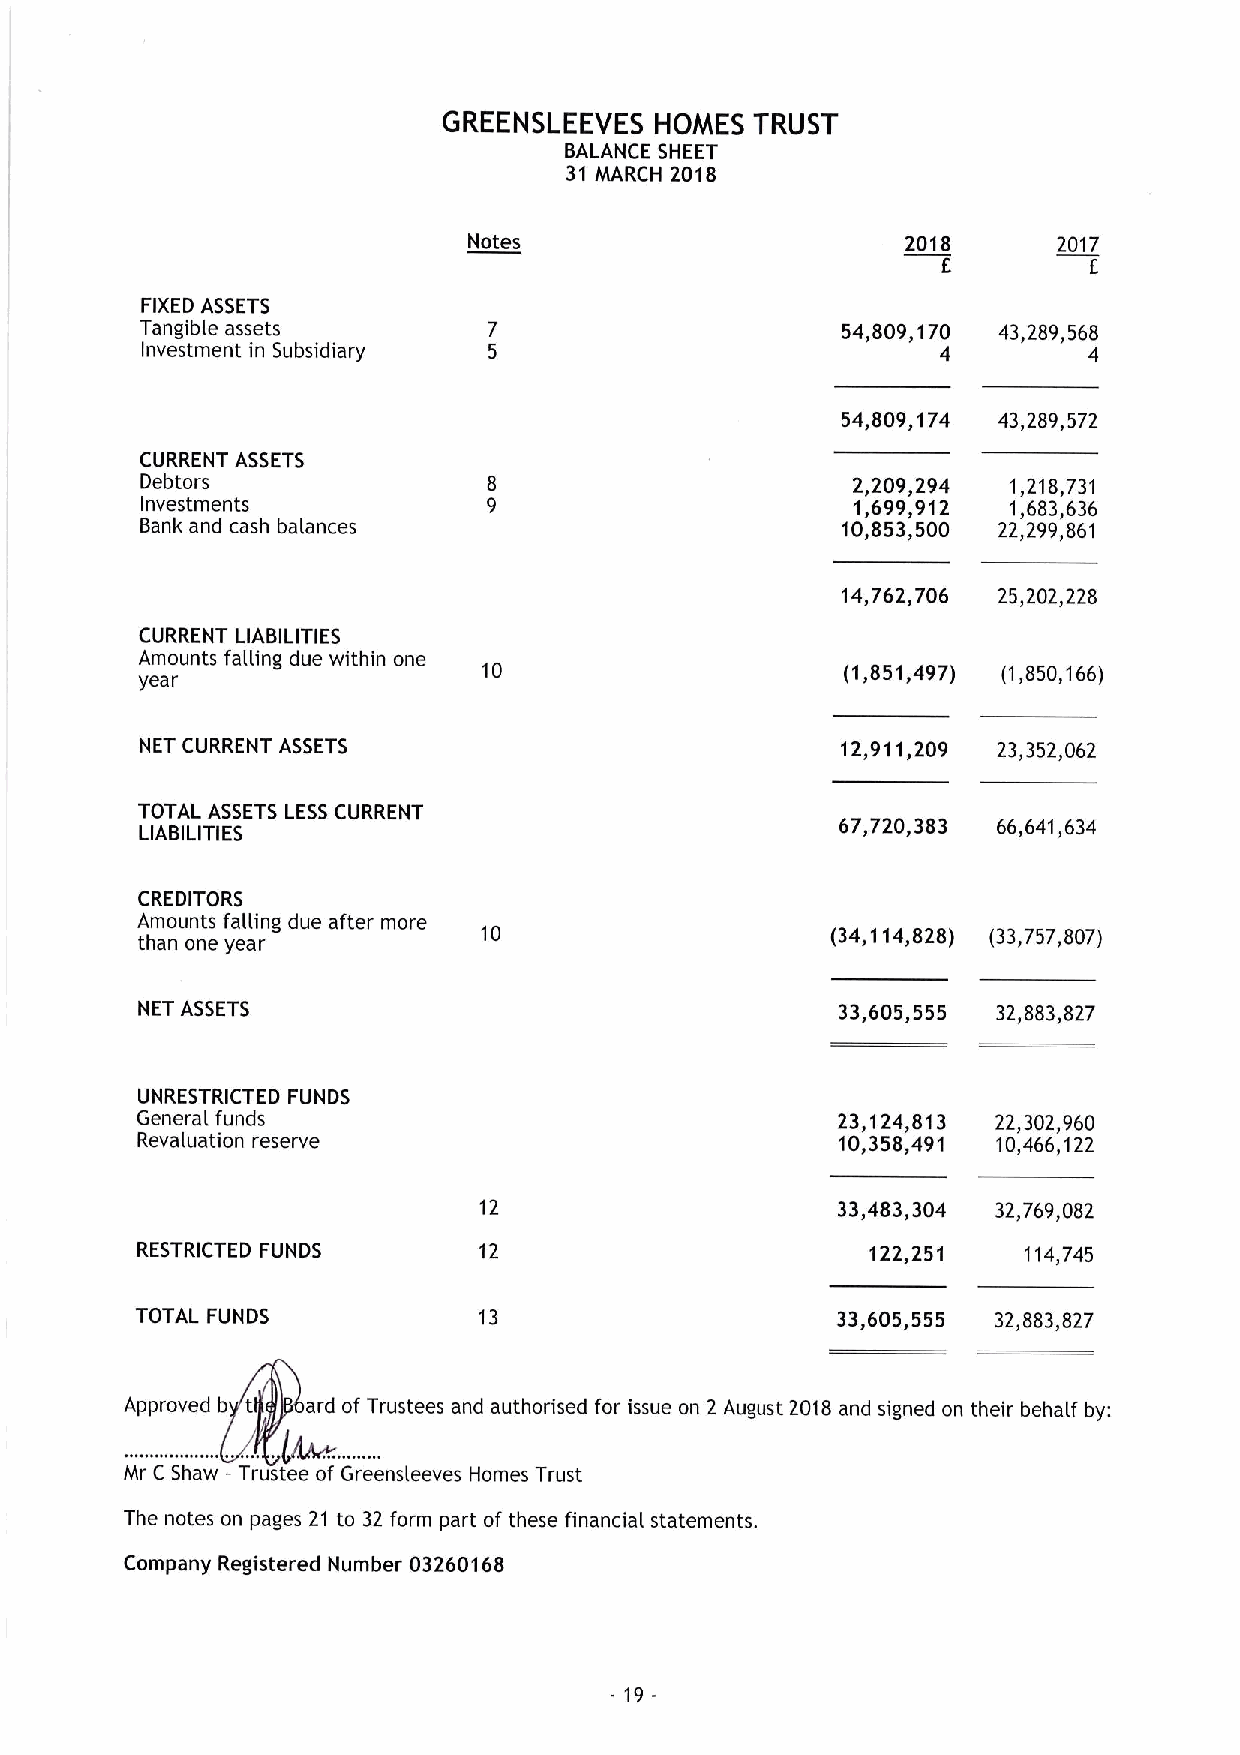
GREENSLEEVES  HOMES  TRUST
 BALANCE SHEET
 31 MARCH 2018
 Notes                        2018      2017
 E         E
 FIXED ASSETS
 Tangible assets                                54,809,170 43,289,568
 Investment in Subsidiary                             4         4
 54,809,174 43,289,572
 CURRENT ASSETS
 Debtors                                        2,209,294  1,218,731
 Investments                                     'I,699,912 1,683,636
 Bank and cash balances                         10,853,500 22,299,861
 14,762,706 25,202,228
 CURRENT LIABILITIES
 Amounts falling due within one
 (1,851,497) (1,850,166)
 year
 NET CURRENT ASSETS                             12,911,209 23,352,062
 TOTAL ASSETS LESSCURRENT
 67,720,383 66,641,634
 LIABILITIES
 CREDITORS
 Amounts falling due after more
 than one year
 (34,114,828) (33,757,807)
 NET ASSETS                                     33,605,555 32,883,827
 UNRESTRICTED FUNDS
 General funds                                 23,124,813 22,302,960
 Revaluation reserve                            10,358,491 10,466,122
 33,483,304 32,769,082
 RESTRICTED FUNDS       12                        122,251   114,745
 TOTAL FUNDS            13                     33,605,555 32,883,827
 Approved b t ard of Trustees and authorised for issue on 2 August 2018 and signed on their behalf by:
 Mr C Shaw —Trustee of Greensleeves Homes Trust
 The notes on pages 21 to 32 form part of these financial statements.
 Company Registered Number 03260168